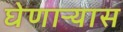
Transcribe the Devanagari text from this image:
घेणाऱ्यास